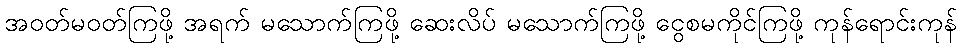
အဝတ်မဝတ်ကြဖို့ အရက် မသောက်ကြဖို့ ဆေးလိပ် မသောက်ကြဖို့ ငွေစမကိုင်ကြဖို့ ကုန်ရောင်းကုန်